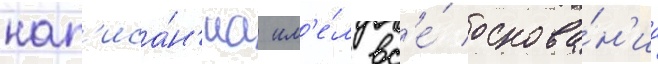
нап'иса́н'иа им'е́л вс'е́ основа́н'иа